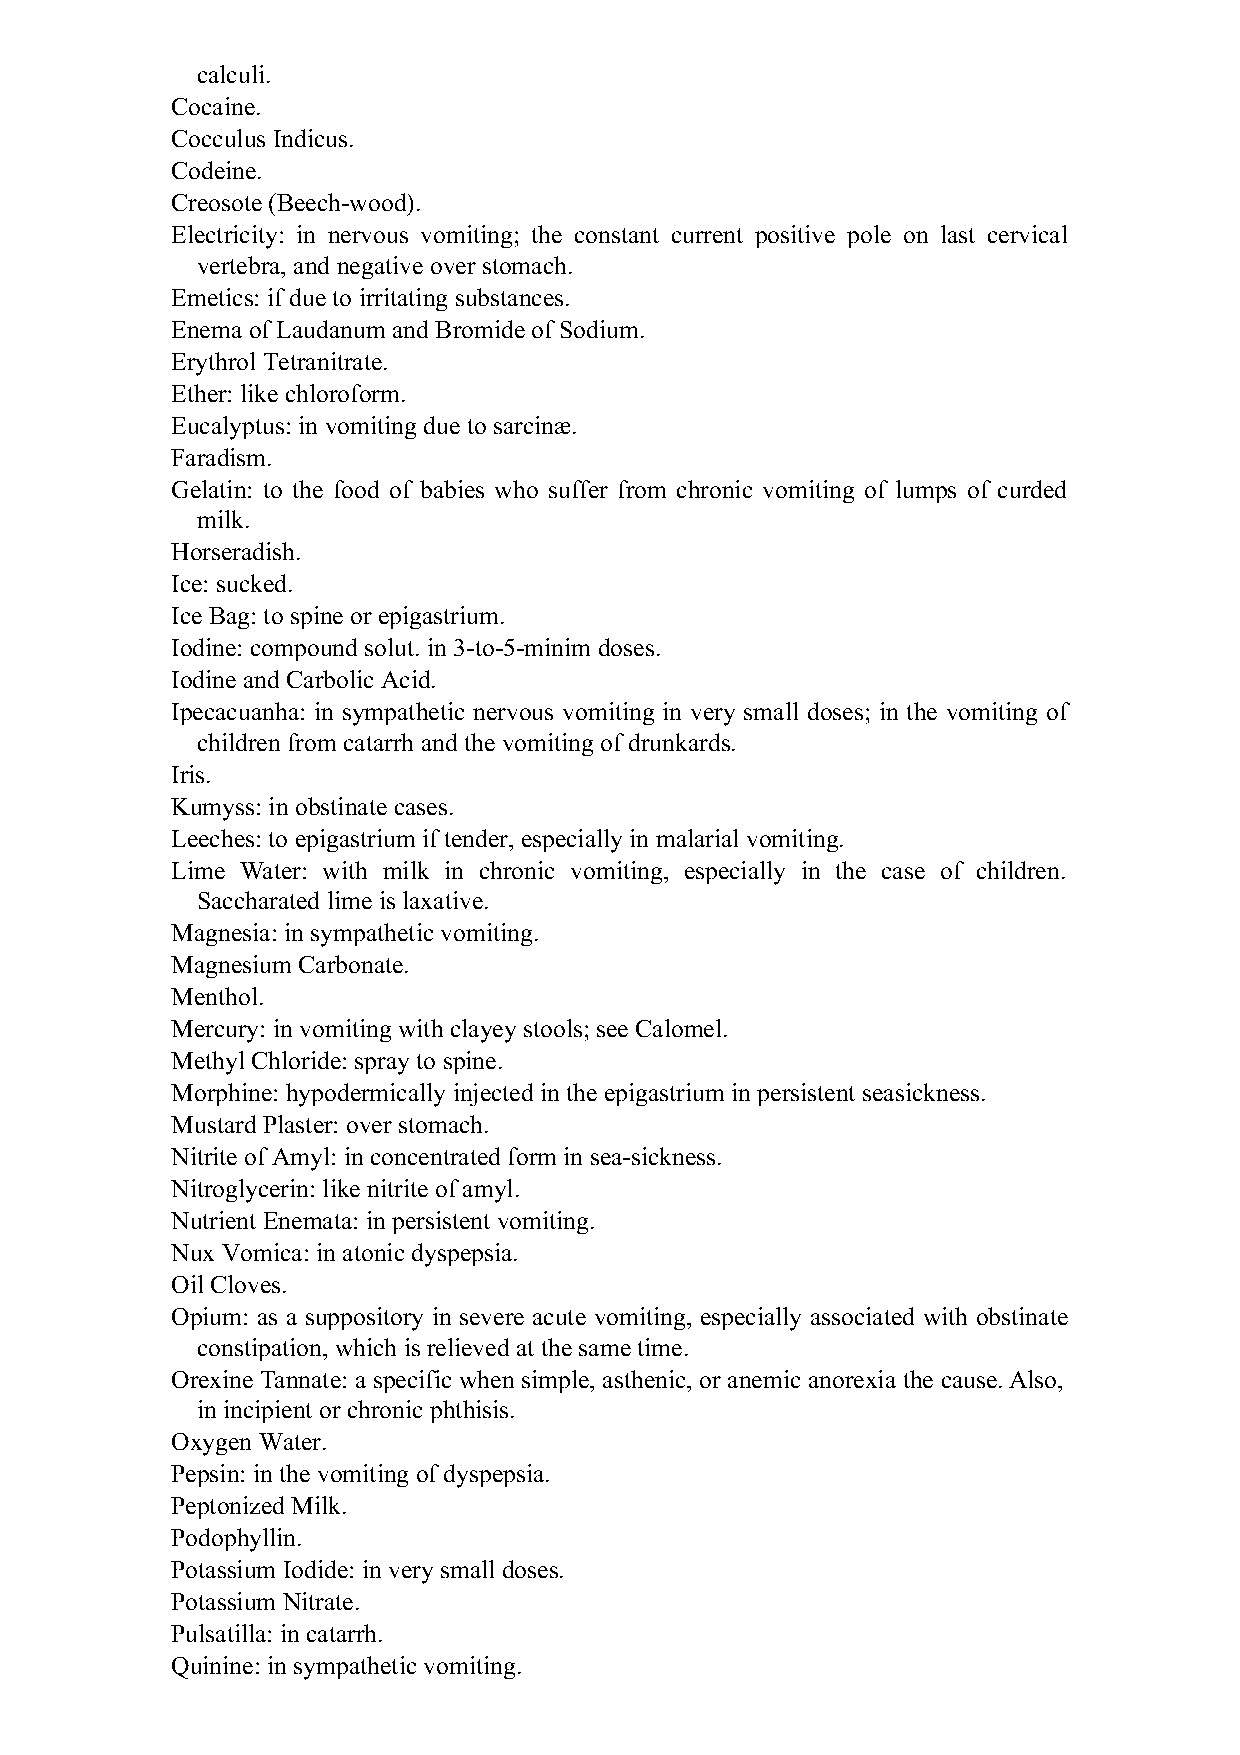
calculi.
 Cocaine.
 Cocculus Indicus.
 Codeine.
 Creosote (Beech-wood).
 Electricity: in nervous vomiting; the constant current positive pole on last cervical
 vertebra, and negative over stomach.
 Emetics: if due to irritating substances.
 Enema of Laudanum and Bromide of Sodium.
 Erythrol Tetranitrate.
 Ether: like chloroform.
 Eucalyptus: in vomiting due to sarcinæ.
 Faradism.
 Gelatin: to the food of babies who suffer from chronic vomiting of lumps of curded
 milk.
 Horseradish.
 Ice: sucked.
 Ice Bag: to spine or epigastrium.
 Iodine: compound solut. in 3-to-5-minim doses.
 Iodine and Carbolic Acid.
 Ipecacuanha: in sympathetic nervous vomiting in very small doses; in the vomiting of
 children from catarrh and the vomiting of drunkards.
 Iris.
 Kumyss: in obstinate cases.
 Leeches: to epigastrium if tender, especially in malarial vomiting.
 Lime Water: with milk in chronic vomiting, especially in the case of children.
 Saccharated lime is laxative.
 Magnesia: in sympathetic vomiting.
 Magnesium Carbonate.
 Menthol.
 Mercury: in vomiting with clayey stools; see Calomel.
 Methyl Chloride: spray to spine.
 Morphine: hypodermically injected in the epigastrium in persistent seasickness.
 Mustard Plaster: over stomach.
 Nitrite of Amyl: in concentrated form in sea-sickness.
 Nitroglycerin: like nitrite of amyl.
 Nutrient Enemata: in persistent vomiting.
 Nux Vomica: in atonic dyspepsia.
 Oil Cloves.
 Opium: as a suppository in severe acute vomiting, especially associated with obstinate
 constipation, which is relieved at the same time.
 Orexine Tannate: a specific when simple, asthenic, or anemic anorexia the cause. Also,
 in incipient or chronic phthisis.
 Oxygen Water.
 Pepsin: in the vomiting of dyspepsia.
 Peptonized Milk.
 Podophyllin.
 Potassium Iodide: in very small doses.
 Potassium Nitrate.
 Pulsatilla: in catarrh.
 Quinine: in sympathetic vomiting.